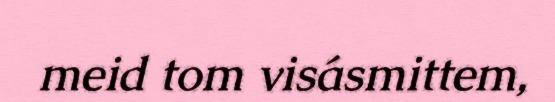
meid tom visásmittem,